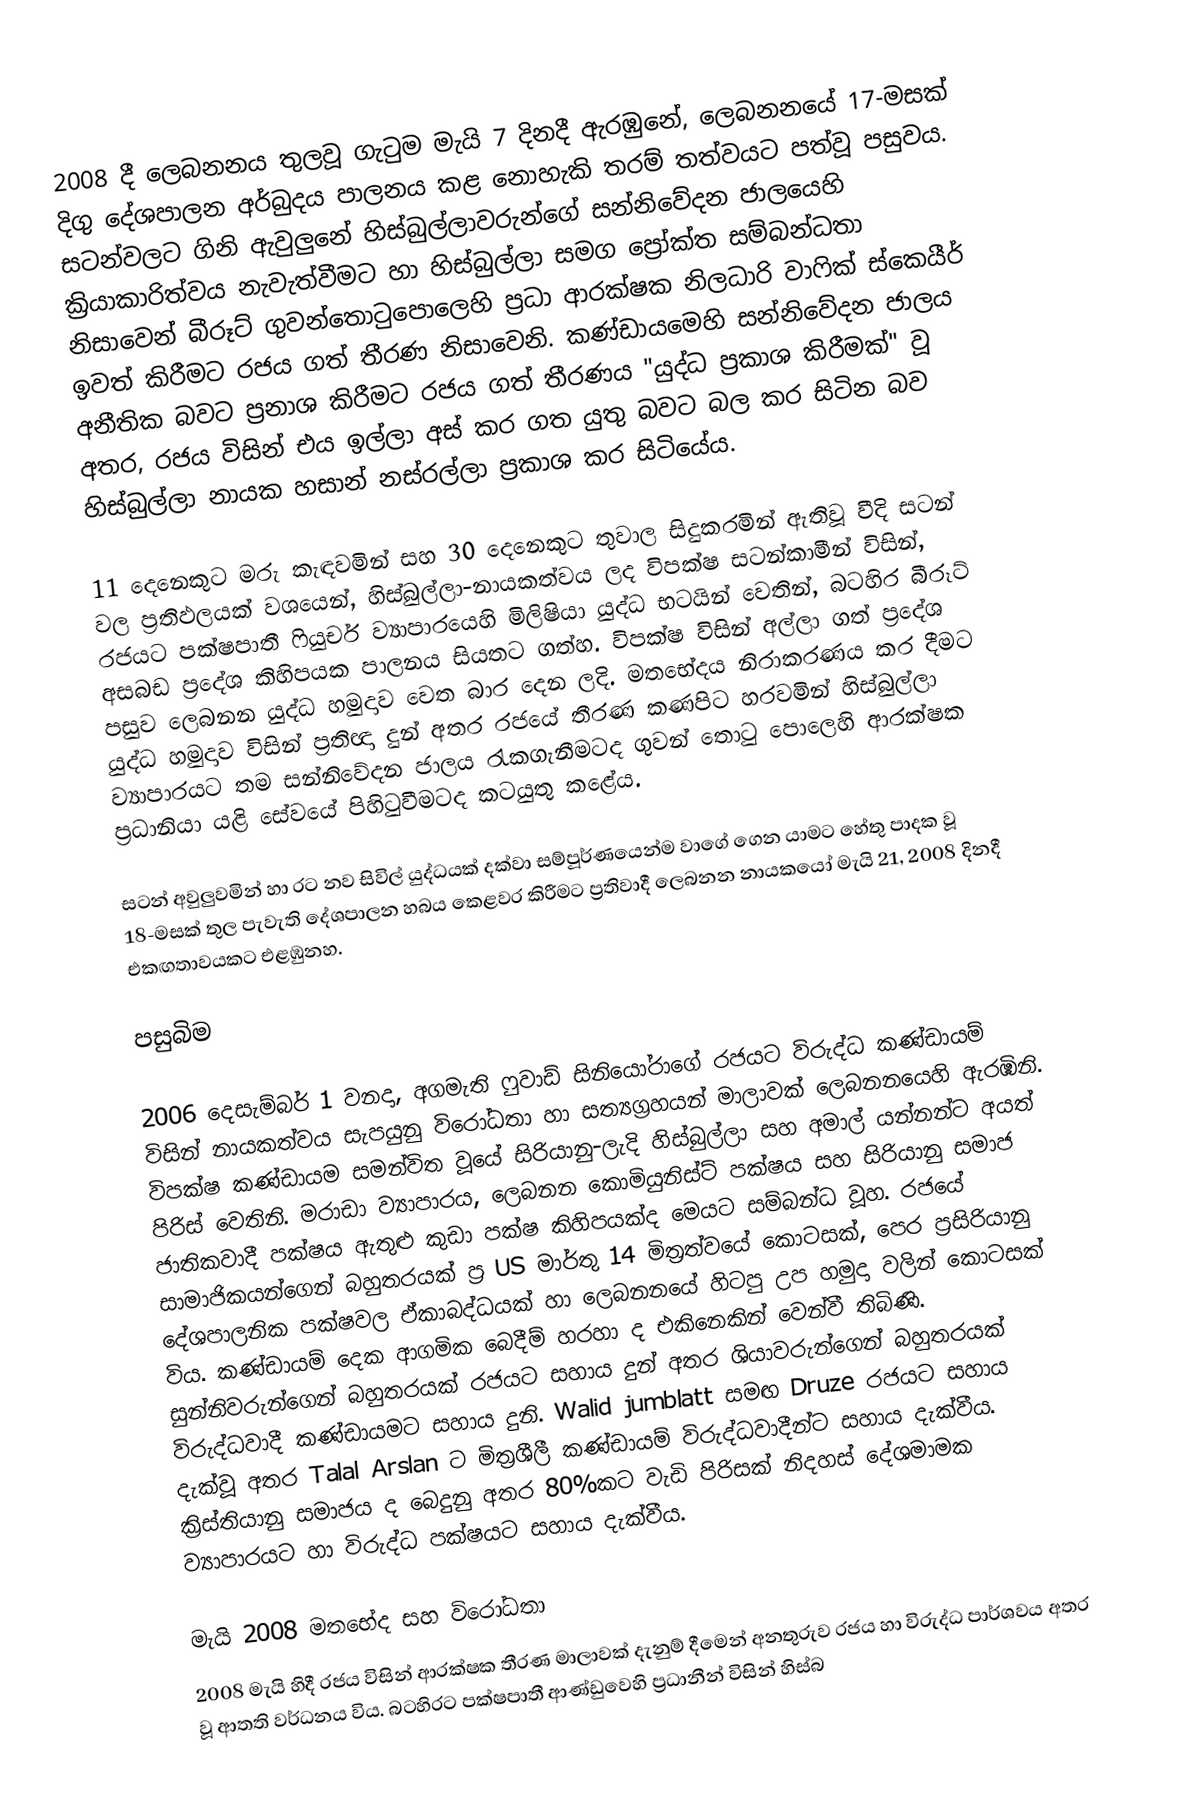
2008 දී ලෙබනනය තුලවූ ගැටුම  මැයි 7 දිනදී ඇරඹුනේ, ලෙබනනයේ‍ 17-මසක් දිගු දේශපාලන අර්බුදය පාලනය කළ නොහැකි තරම් තත්වයට පත්වූ පසුවය. සටන්වලට ගිනි ඇවුලුනේ  හිස්බුල්ලාවරුන්ගේ සන්නිවේදන ජාලයෙහි ක්‍රියාකාරිත්වය නැවැත්වීමට  හා හිස්බුල්ලා සමග ප්‍රෝක්ත සම්බන්ධතා නිසාවෙන් බීරූට් ගුවන්තොටුපොලෙහි ප්‍රධා ආරක්ෂක නිලධාරි වාෆික් ස්කෙයීර් ඉවත් කිරීමට  රජය ගත් තීරණ නිසාවෙනි. කණ්ඩායමෙහි සන්නිවේදන ජාලය අනීතික බවට ප්‍රනාශ කිරීමට රජය ගත් තීරණය "යුද්ධ ප්‍රකාශ කිරීමක්" වූ අතර, රජය විසින්  එය ඉල්ලා අස් කර ගත යුතු බවට බල කර සිටින බව හිස්බුල්ලා නායක  හසාන් නස්රල්ලා  ප්‍රකාශ කර සිටියේය.

11 දෙනෙකුට මරු කැඳවමින් සහ 30 දෙනෙකුට තුවාල සිදුකරමින් ඇතිවූ වීදි සටන් වල ප්‍රතිඵලයක් වශයෙන්,  හිස්බුල්ලා-නායකත්වය ලද විපක්ෂ සටන්කාමීන් විසින්,  රජයට පක්ෂපාතී ෆියුචර් ව්‍යාපාරයෙහි මිලිෂියා යුද්ධ භටයින් වෙතින්, බටහිර බීරූට් අසබඩ ප්‍රදේශ කිහිපයක පාලනය සියතට ගත්හ.  විපක්ෂ විසින් අල්ලා ගත් ප්‍රදේශ පසුව ලෙබනන යුද්ධ හමුදාව වෙත බාර දෙන ලදි.  මතභේදය නිරාකරණය කර දීමට යුද්ධ හමුදාව විසින් ප්‍රතිඥා දුන් අතර රජයේ තීරණ කණපිට හරවමින් හිස්බුල්ලා ව්‍යාපාරයට තම සන්නිවේදන ජාලය රැකගැනීමටද ගුවන් තොටු පොලෙහි ආරක්ෂක ප්‍රධානියා යළි සේවයේ පිහිටුවීමටද කටයුතු කළේය.

සටන් අවුලුවමින්  හා රට නව සිවිල් යුද්ධයක් දක්වා සම්පූර්ණයෙන්ම වාගේ ගෙන යාමට හේතු පාදක වූ  18-මසක් තුල පැවැති දේශපාලන හබය කෙළවර කිරීමට  ප්‍රතිවාදී ලෙබනන නායකයෝ මැයි 21, 2008 දිනදී එකඟතාවයකට එළඹුනහ.

පසුබිම

2006 දෙසැම්බර් 1 වනදා, අගමැති  ෆුවාඩ් සිනියෝරාගේ රජයට විරුද්ධ කණ්ඩායම් විසින් නායකත්වය සැපයුනු විරෝධතා  හා සත්‍යග්‍රහයන් මාලාවක්   ලෙබනනයෙහි ඇරඹිනි. විපක්ෂ කණ්ඩායම සමන්විත වූයේ සිරියානු-ලැදි හිස්බුල්ලා සහ අමාල් යන්නන්ට අයත් පිරිස් වෙතිනි. මරාඩා ව්‍යාපාරය, ලෙබනන කොමියුනිස්ට් පක්ෂය සහ සිරියානු සමාජ ජාතිකවාදී පක්ෂය ඇතුළු කුඩා පක්ෂ කිහිපයක්ද මෙයට සම්බන්ධ වූහ. රජයේ සාමාජිකයන්ගෙන් බහුතරයක් ප්‍ර US මාර්තු 14 මිත්‍රත්වයේ කොටසක්, පෙර ප්‍රසිරියානු දේශපාලනික පක්ෂවල ඒකාබද්ධයක් හා ලෙබනනයේ හිටපු උප හමුදා වලින් කොටසක් විය. කණ්ඩායම් දෙක ආගමික බෙදීම් හරහා ද එකිනෙකින් වෙන්වී තිබිණි. සුන්නිවරුන්ගෙන් බහුතරයක් රජයට සහාය දුන් අතර ශියාවරුන්ගෙන් බහුතරයක් විරුද්ධවාදී කණ්ඩායමට සහාය දුනි. Walid jumblatt සමඟ Druze රජයට සහාය දැක්වූ අතර Talal Arslan ට මිත්‍රශීලී කණ්ඩායම් විරුද්ධවාදීන්ට සහාය දැක්වීය. ක්‍රිස්තියානු සමාජය ද බෙදුනු අතර 80%කට වැඩි පිරිසක් නිදහස් දේශමාමක ව්‍යාපාරයට හා විරුද්ධ පක්ෂයට සහාය දැක්වීය.

මැයි 2008 මතභේද සහ විරෝධතා
2008 මැයි හිදී රජය විසින් ආරක්ෂක තීරණ මාලාවක් දැනුම් දීමෙන් අනතුරුව රජය හා විරුද්ධ පාර්ශවය අතර වූ ආතති වර්ධනය විය. බටහිරට පක්ෂපාතී ආණ්ඩුවෙහි ප්‍රධානීන් විසින් හිස්බ